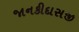
જાનકીદાસજી